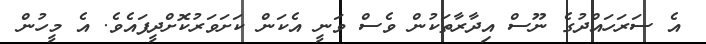
އެ ސަރަހައްދުގެ ނޫސް އިދާރާތަކުން ވެސް ވަނީ އެކަން ކަށަވަރުކޮށްދީފައެވެ. އެ މީހުން